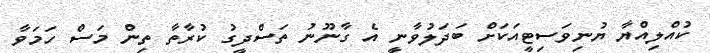
ކުއްލިއްޔާ ޔުނިވަސިޓީއަކަށް ބަދަލުވާނީ އެ ގާނޫނު ތަސްދީގު ކުރާތާ ތިން މަސް ހަމަވާ